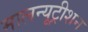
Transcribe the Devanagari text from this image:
मालन्यूट्रीशन